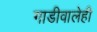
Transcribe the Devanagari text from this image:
गाडीवालेही